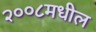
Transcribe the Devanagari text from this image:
२००८मधील